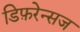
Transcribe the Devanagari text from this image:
डिफ़रेन्सज